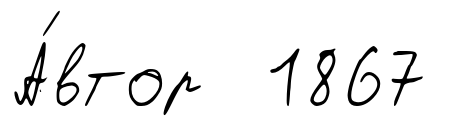
А́втор 1867